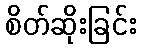
စိတ်ဆိုးခြင်း